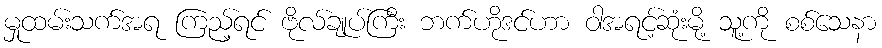
မှုထမ်းသက်အရ ကြည့်ရင် ဗိုလ်ချုပ်ကြီး ဘက်ဟိုဒင်ဟာ ဝါအရင့်ဆုံးမို့ သူ့ကို စစ်သေနာ